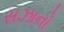
સઝાનો